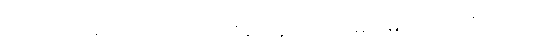
ကေသဝအမည်ရှိသော။ အဂ္ဂဇန၊ နောင်တော်မင်းမြတ်။ ပထဝိဿိတာ၊